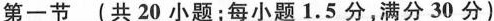
第一节 (共 20 小题;每小题1.5 分,满分 30 分)